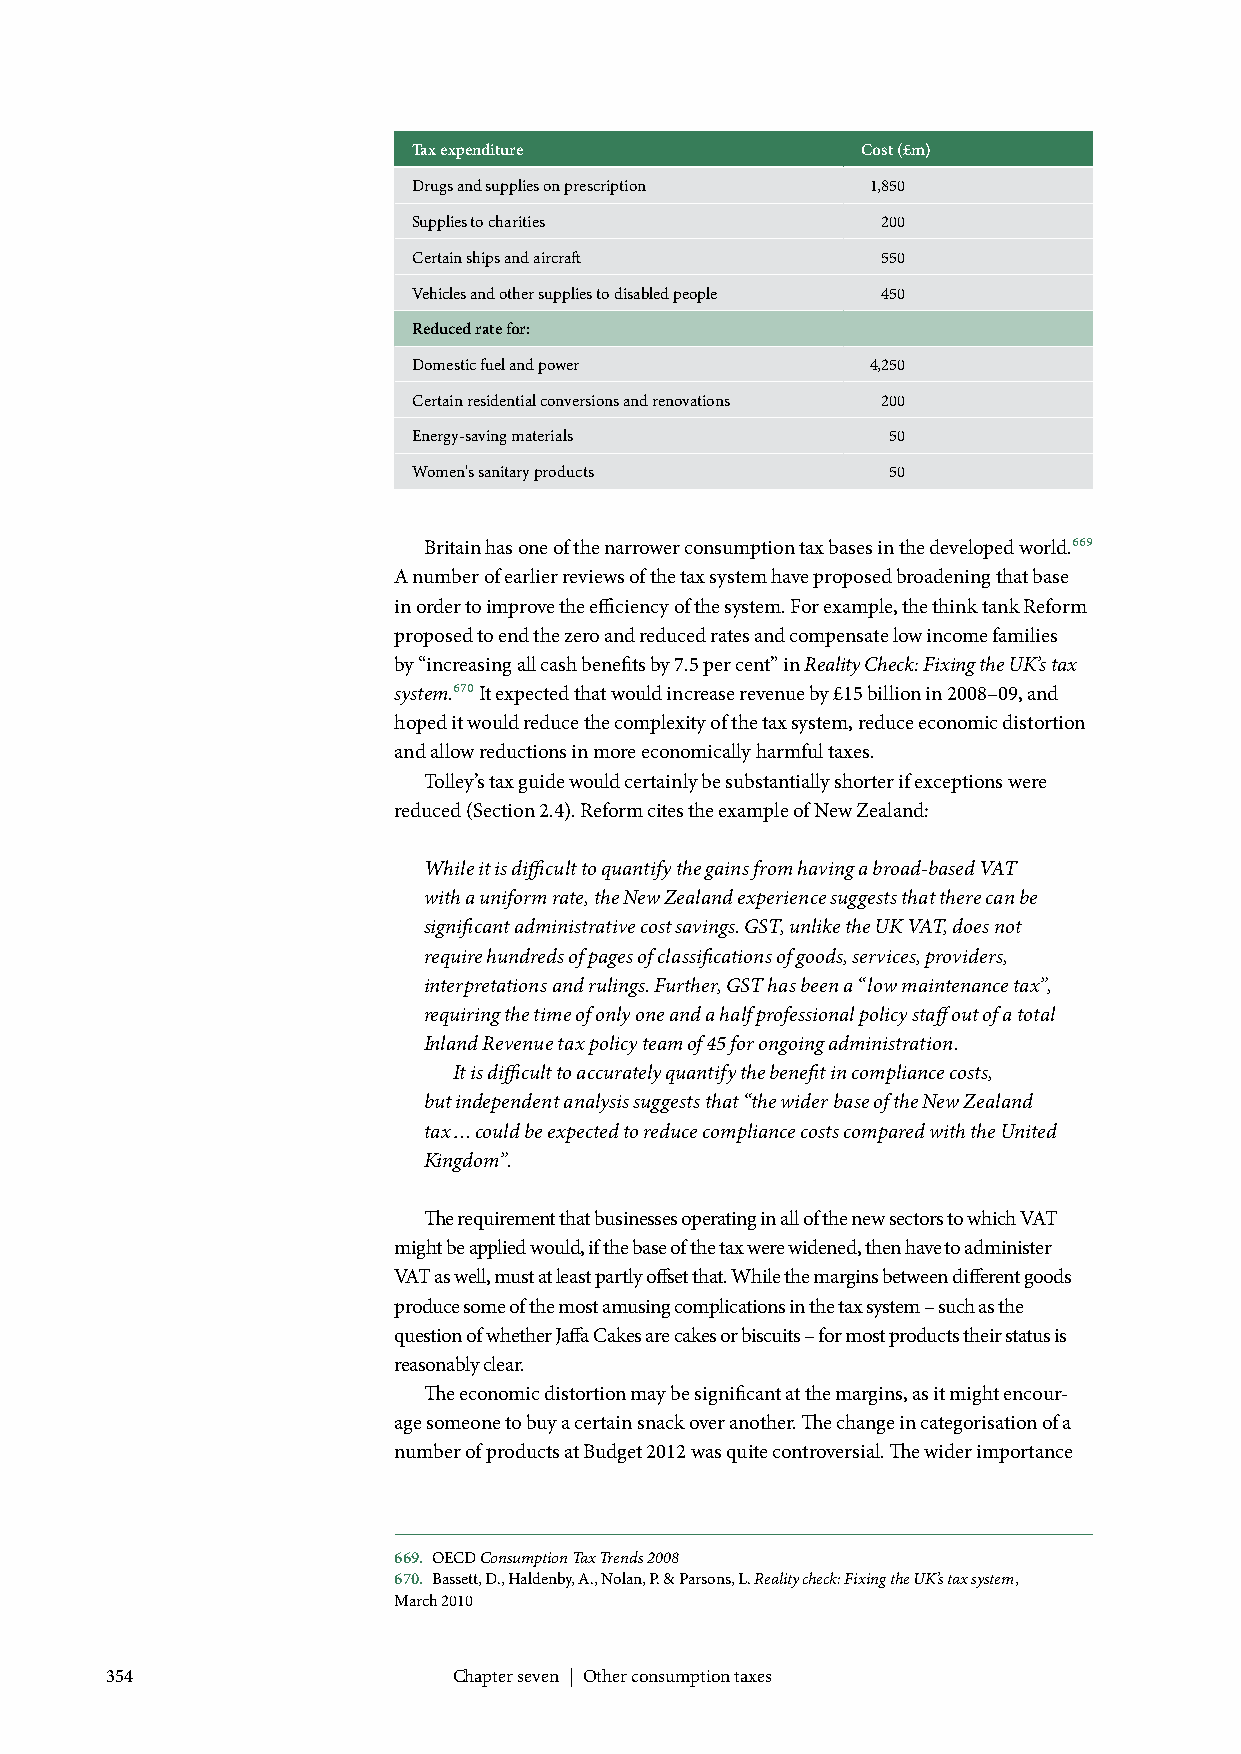
Tax expenditure               Cost (£m)
 Drugs and supplies on prescription 1,850
 Supplies to charities          200
 Certain ships and aircraft     550
 Vehicles and other supplies to disabled people 450
 Reduced rate for:
 Domestic fuel and power        4,250
 Certain residential conversions and renovations 200
 Energy-saving materials         50
 Women's sanitary products       50
 Britain has one of the narrower consumption tax bases in the developed world.669
 A number of earlier reviews of the tax system have proposed broadening that base
 in order to improve the efficiency of the system. For example, the think tank Reform
 proposed to end the zero and reduced rates and compensate low income families
 by “increasing all cash benefits by 7.5 per cent” in Reality Check: Fixing the UK’s tax
 system.670 It expected that would increase revenue by £15 billion in 2008–09, and
 hoped it would reduce the complexity of the tax system, reduce economic distortion
 and allow reductions in more economically harmful taxes.
 Tolley’s tax guide would certainly be substantially shorter if exceptions were
 reduced (Section 2.4). Reform cites the example of New Zealand:
 While it is difficult to quantify the gains from having a broad-based VAT
 with a uniform rate, the New Zealand experience suggests that there can be
 significant administrative cost savings. GST, unlike the UK VAT, does not
 require hundreds of pages of classifications of goods, services, providers,
 interpretations and rulings. Further, GST has been a “low maintenance tax”,
 requiring the time of only one and a half professional policy staff out of a total
 Inland Revenue tax policy team of 45 for ongoing administration.
 It is difficult to accurately quantify the benefit in compliance costs,
 but independent analysis suggests that “the wider base of the New Zealand
 tax … could be expected to reduce compliance costs compared with the United
 Kingdom”.
 The requirement that businesses operating in all of the new sectors to which VAT
 might be applied would, if the base of the tax were widened, then have to administer
 VAT as well, must at least partly offset that. While the margins between different goods
 produce some of the most amusing complications in the tax system – such as the
 question of whether Jaffa Cakes are cakes or biscuits – for most products their status is
 reasonably clear.
 The economic distortion may be significant at the margins, as it might encour-
 age someone to buy a certain snack over another. The change in categorisation of a
 number of products at Budget 2012 was quite controversial. The wider importance
 669. OECD Consumption Tax Trends 2008
 670. Bassett, D., Haldenby, A., Nolan, P. & Parsons, L. Reality check: Fixing the UK’s tax system,
 March 2010
 354                    Chapter seven | Other consumption taxes